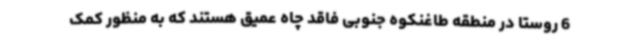
6 روستا در منطقه طاغنکوه جنوبی فاقد چاه عمیق هستند که به منظور کمک